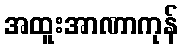
အထူးအာဏာကုန်